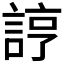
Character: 𧨑